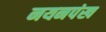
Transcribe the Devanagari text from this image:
नयनपंख